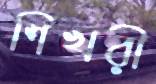
শিখরী